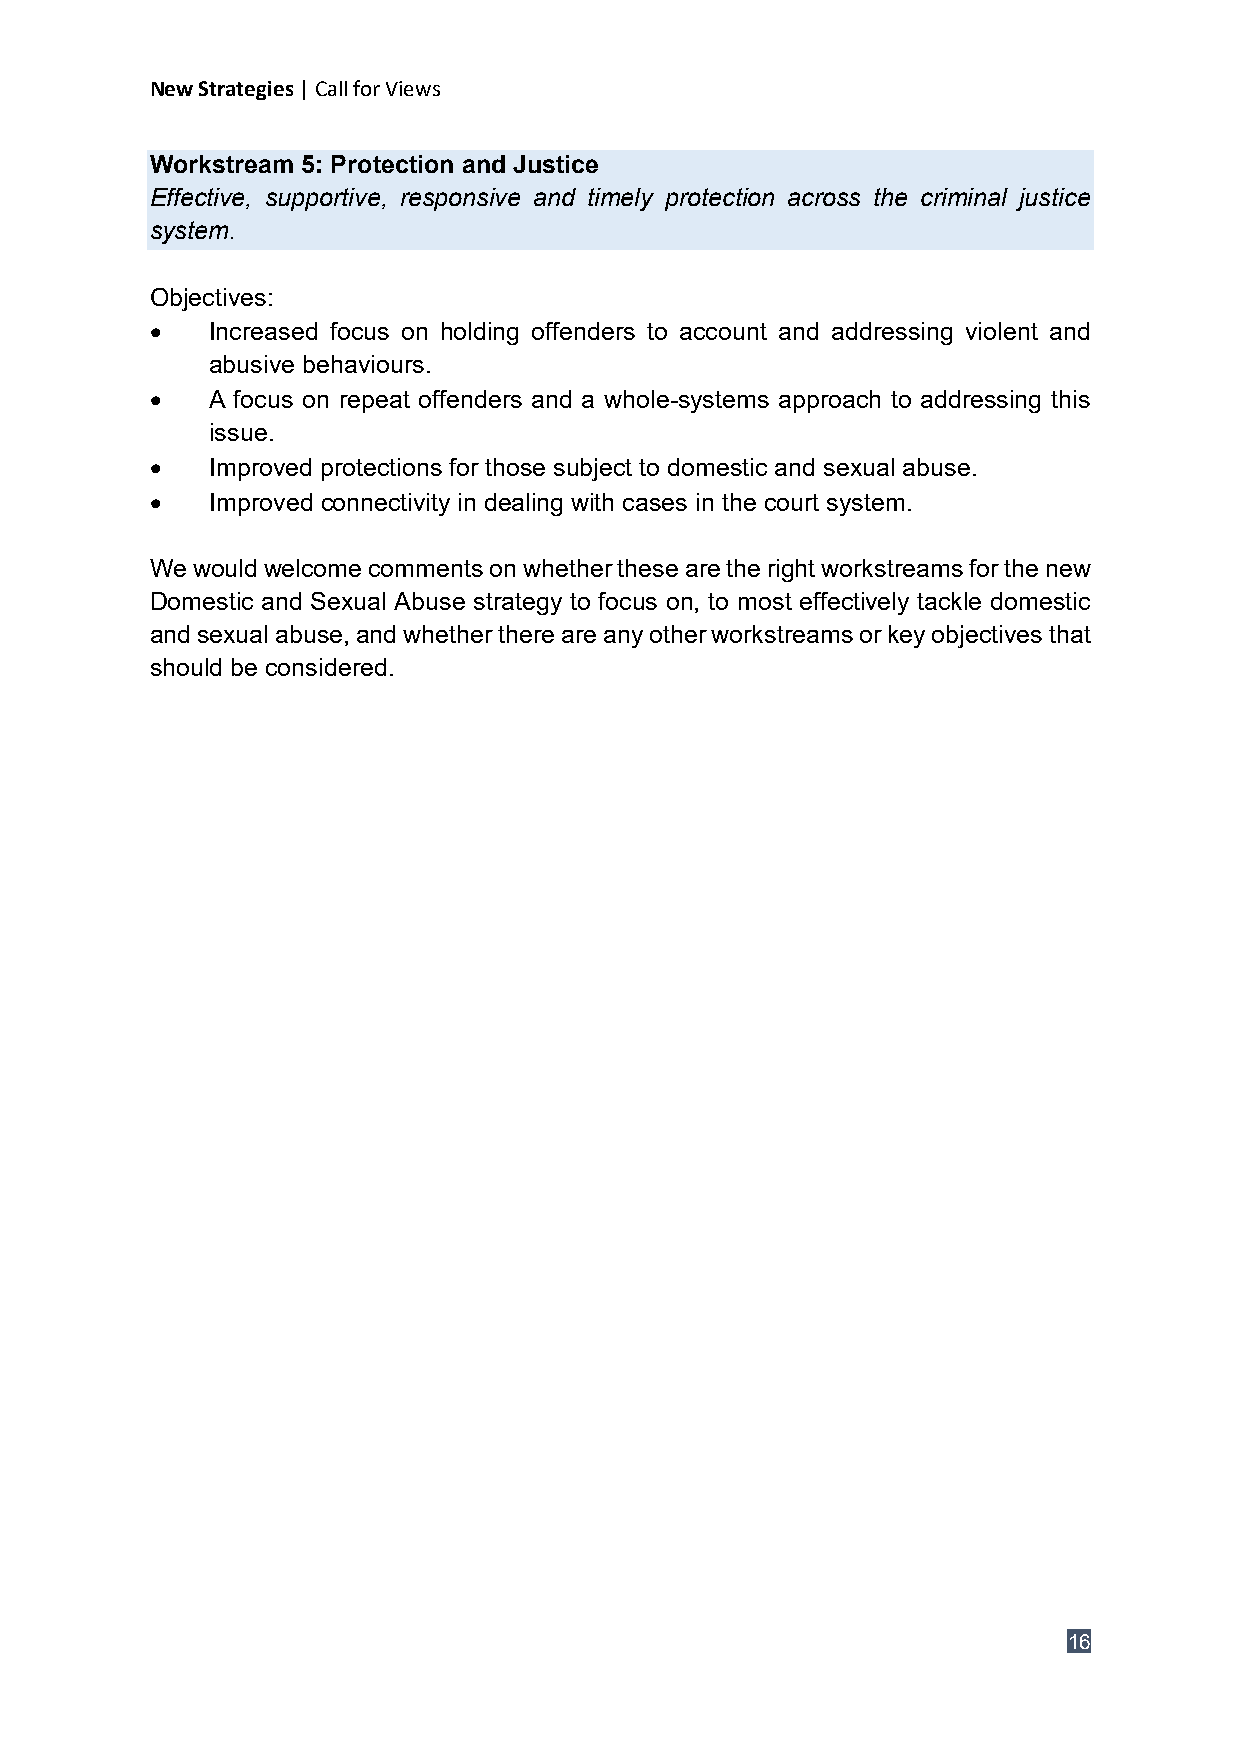
New Strategies | Call for Views
 Workstream 5: Protection and Justice
 Effective, supportive, responsive and timely protection across the criminal justice
 system.
 Objectives:
 •   Increased focus on holding offenders to account and addressing violent and
 abusive behaviours.
 •   A focus on repeat offenders and a whole-systems approach to addressing this
 issue.
 •   Improved protections for those subject to domestic and sexual abuse.
 •   Improved connectivity in dealing with cases in the court system.
 We would welcome comments on whether these are the right workstreams for the new
 Domestic and Sexual Abuse strategy to focus on, to most effectively tackle domestic
 and sexual abuse, and whether there are any other workstreams or key objectives that
 should be considered.
 16